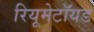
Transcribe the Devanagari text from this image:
रियूमेटॉयड